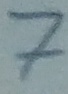
Text: 7